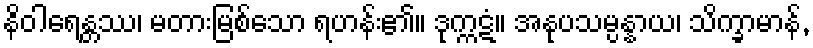
နိဝါရေန္တဿ၊ မတားမြစ်သော ရဟန်း၏။ ဒုက္ကဋံ။ အနုပသမ္ပန္နာယ၊ သိက္ခာမာန်,